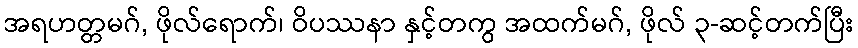
အရဟတ္တမဂ်, ဖိုလ်ရောက်၊ ဝိပဿနာ နှင့်တကွ အထက်မဂ်, ဖိုလ် ၃-ဆင့်တက်ပြီး